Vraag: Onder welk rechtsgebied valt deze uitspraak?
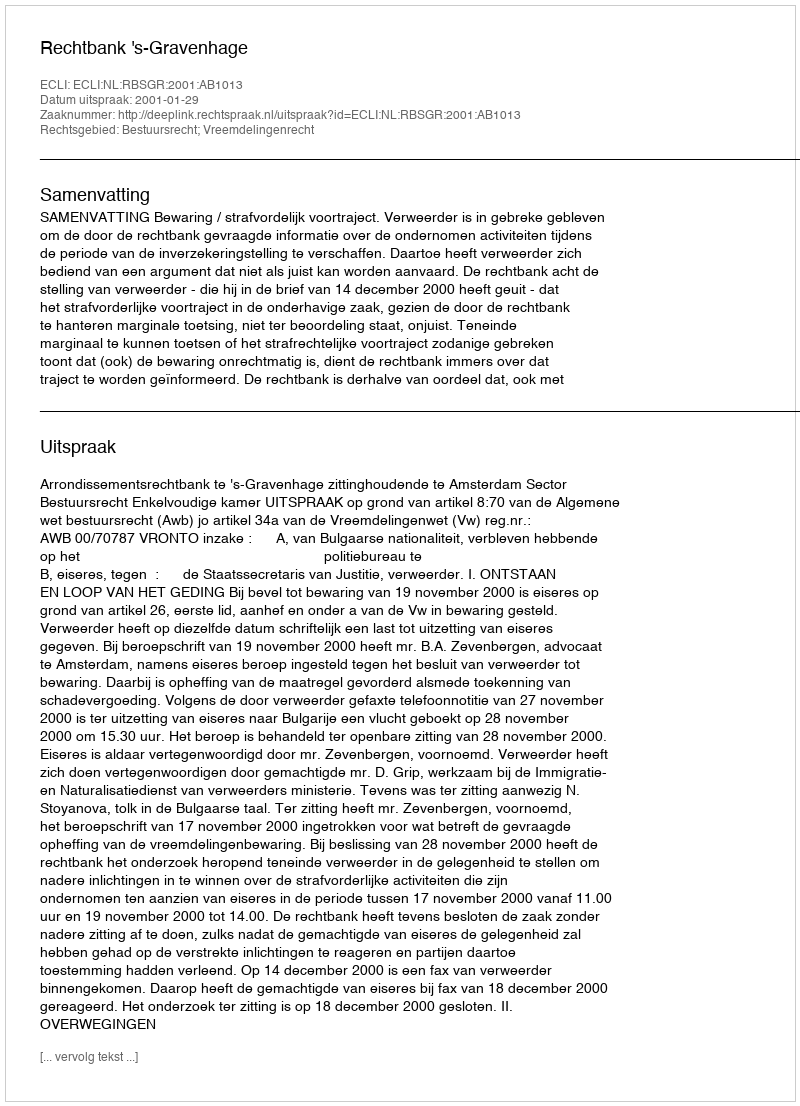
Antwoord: Bestuursrecht; Vreemdelingenrecht